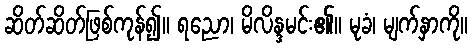
ဆိတ်ဆိတ်ဖြစ်ကုန်၍။ ရညော၊ မိလိန္ဒမင်း၏။ မုခံ၊ မျက်နှာကို။